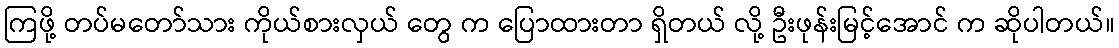
ကြဖို့ တပ်မတော်သား ကိုယ်စားလှယ် တွေ က ပြောထားတာ ရှိတယ် လို့ ဦးဖုန်းမြင့်အောင် က ဆိုပါတယ်။